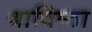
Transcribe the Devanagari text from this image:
श्राविष्ठा